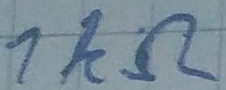
Text: 1KΩ